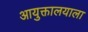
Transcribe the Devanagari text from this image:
आयुक्तालयाला